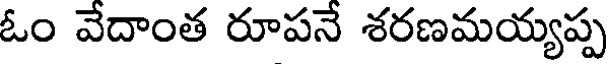
ఓం వేదాంత రూపనే శరణమయ్యప్ప